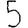
Digit: 5